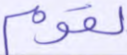
لقوم